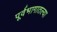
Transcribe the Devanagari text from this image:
पूर्वभागातल्या